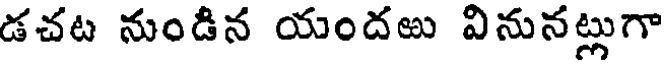
డచట నుండిన యందఱు వినునట్లుగా